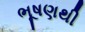
ભૂષણથી